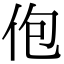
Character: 佨